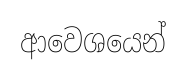
ආවෙශයෙන්